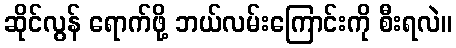
ဆိုင်လွန် ရောက်ဖို့ ဘယ်လမ်းကြောင်းကို စီးရလဲ။